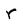
Character: r